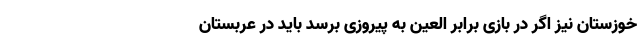
خوزستان نیز اگر در بازی برابر العین به پیروزی برسد باید در عربستان